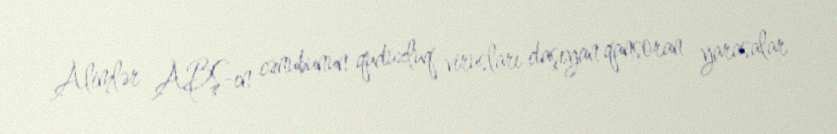
Alimlər ABŞ-ın cənubunun quduzluq virusları daşıyan qansoran yarasalar